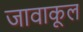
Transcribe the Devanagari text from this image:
जावाकूल